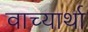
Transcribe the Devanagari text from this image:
वाच्यार्था